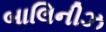
બાલિનીઝ